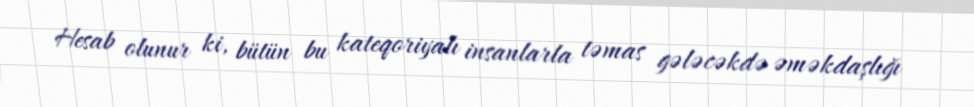
Hesab olunur ki, bütün bu kateqoriyalı insanlarla təmas gələcəkdə əməkdaşlığı